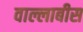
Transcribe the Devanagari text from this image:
वाल्लाबीस